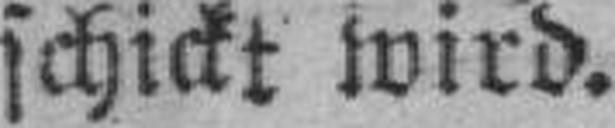
schickt wird.